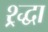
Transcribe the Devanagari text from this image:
श्र्द्धा